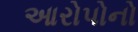
આરોપોનો